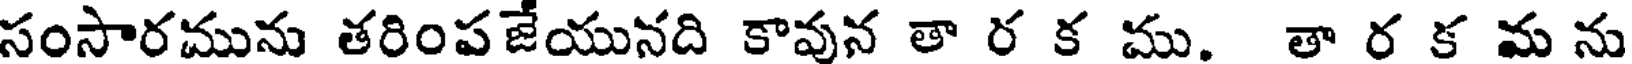
సంసారమును తరింపజేయునది కావున తా ర క ము. తా ర క మ ను